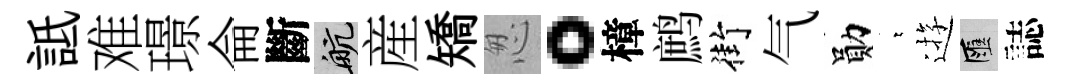
詆难璟侖斷航産矯怱。樟鹧街气勛萋逰匯誌